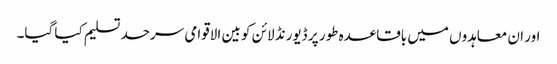
اور ان معاہدوں میں باقاعدہ طور پر ڈیورنڈ لائن کو بین الاقوامی سرحد تسلیم کیا گیا۔